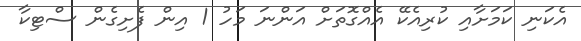
އެކަނި ކަމަށާއި ކުރިއެކޭ އެއްގޮތަށް އަންނަ މަހު 1 އިން ފެށިގެން ސްޓިކާ